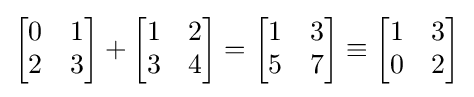
{\begin{bmatrix}0&1\\2&3\end{bmatrix}}+{\begin{bmatrix}1&2\\3&4\end{bmatrix}}={\begin{bmatrix}1&3\\5&7\end{bmatrix}}\equiv {\begin{bmatrix}1&3\\0&2\end{bmatrix}}